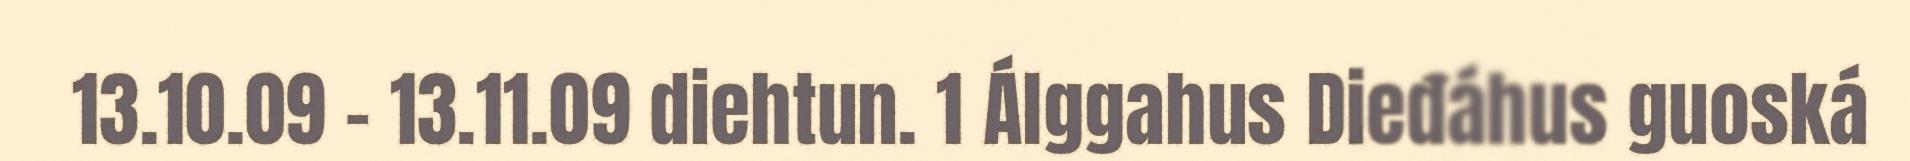
13.10.09 - 13.11.09 diehtun. 1 Álggahus Dieđáhus guoská